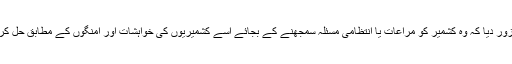
ترجمان نے بھارت پر زور دیا کہ وہ کشمیر کو مراعات یا انتظامی مسئلہ سمجھنے کے بجائے اسے کشمیریوں کی خواہشات اور امنگوں کے مطابق حل کرنے کے اقدامات کرے۔